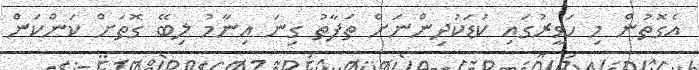
އެގޮތުން މި ހަވީރުގައި ކުޑަކުދިންނަށް ތަފާތު ގިނަ އިނާމު ލިބޭ ގޮތަށް ކަންކަން